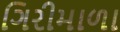
ગિરીમાળા